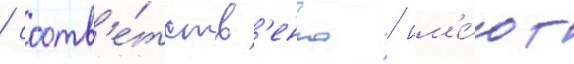
/ соотв'е́тств'енно / им'е́ют